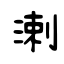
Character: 溂